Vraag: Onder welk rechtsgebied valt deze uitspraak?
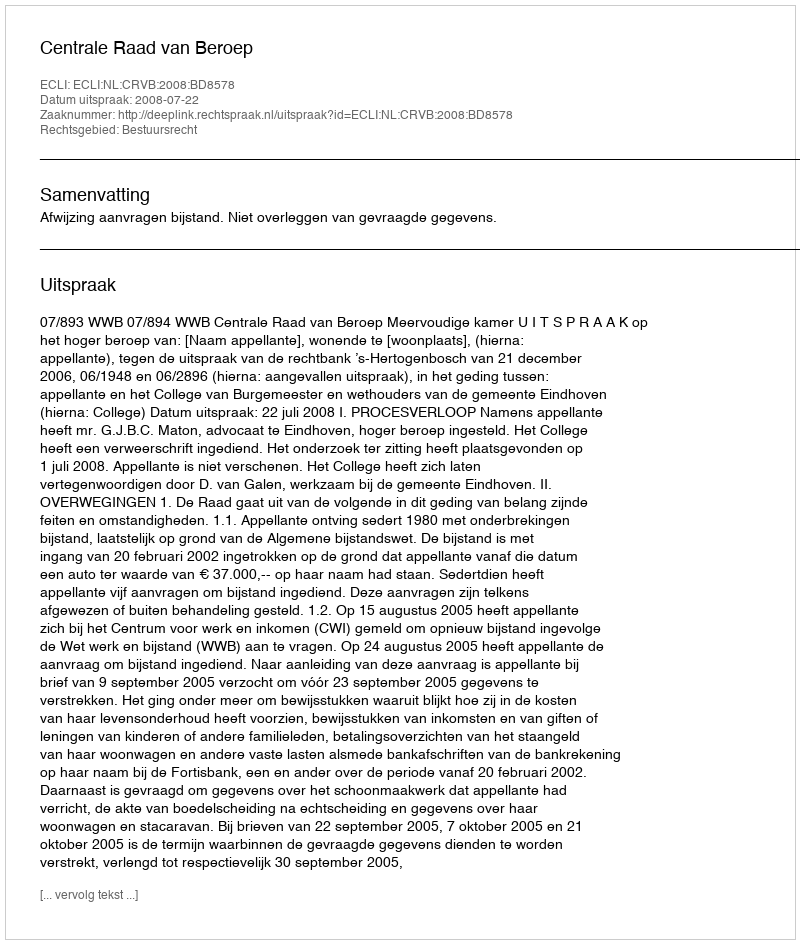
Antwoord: Bestuursrecht